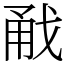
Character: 㦷